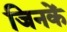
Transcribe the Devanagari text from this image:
जिनकें